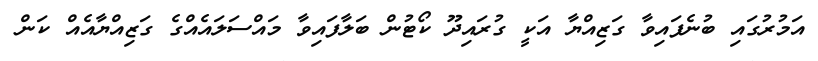
އަމުރުގައި ބުނެފައިވާ ގަޒިއްޔާ އަކީ ގުރައިދޫ ކޯޓުން ބަލާފައިވާ މައްސަލައެއްގެ ގަޒިއްޔާއެއް ކަން